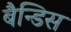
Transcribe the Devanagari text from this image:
बैन्डिस